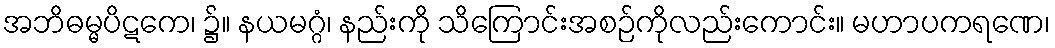
အဘိဓမ္မပိဋကေ၊ ၌။ နယမဂ္ဂံ၊ နည်းကို သိကြောင်းအစဉ်ကိုလည်းကောင်း။ မဟာပကရဏေ၊